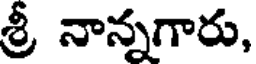
శ్రీ నాన్నగారు,